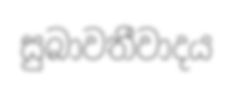
සුබාවතීවාදය